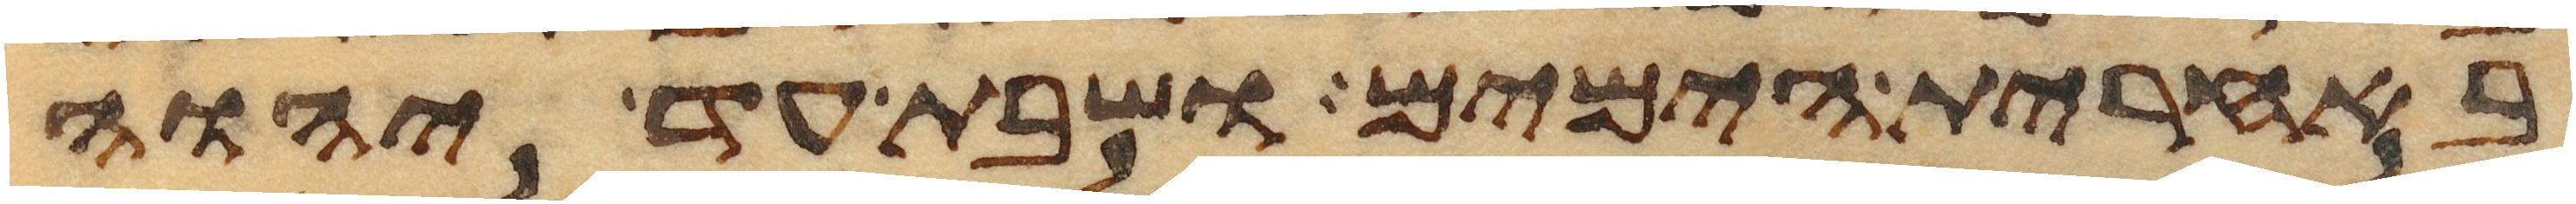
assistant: באחרית הימים ושבת עד יהוה